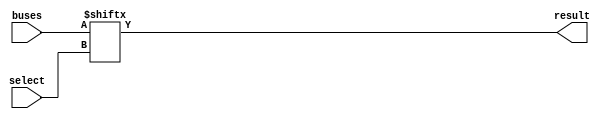
module mux
#(parameter N = 4, S = 2)
(buses, select, result);
  input [((2**S)-1)*(N-1):0] buses;
  input [S-1:0] select;
  output [N-1:0] result;

  assign result = buses[(select+N):select];

endmodule